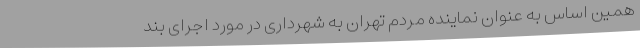
همین اساس به عنوان نماینده مردم تهران به شهرداری در مورد اجرای بند